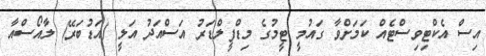
އިސް އެކްޓިވިސްޓެެއް ކަމަށްވާ ގައުމީ ޓީމުގެ މިޑްފީލްޑަރު އަސްއަދު އަލީ (އަޑުބަރޭ) ލާއޯސްއާ